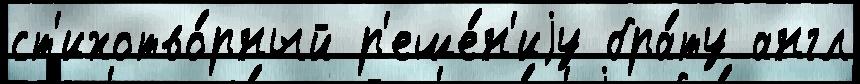
ст'ихотво́рный р'еше́н'иjу бра́ту англ